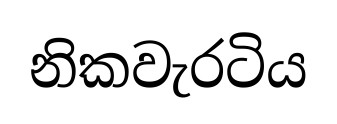
නිකවැරටිය